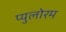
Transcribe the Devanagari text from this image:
प्युलोरम